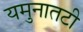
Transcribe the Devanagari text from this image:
यमुनातटी